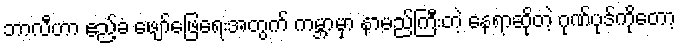
ဘာလီဟာ ဧည့်ခံ ဖျော်ဖြေရေးအတွက် ကမ္ဘာမှာ နာမည်ကြီးတဲ့ နေရာဆိုတဲ့ ဂုဏ်ပုဒ်ကိုတော့